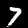
Label: 7